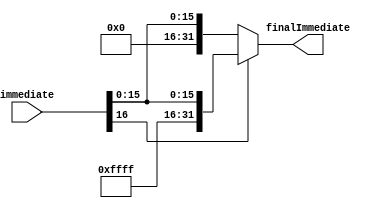
module signExtend(finalImmediate, immediate);

	input [16:0] immediate;
	output [31:0] finalImmediate;
	
	assign finalImmediate = immediate[16]? {15'b111111111111111, immediate} : {15'b000000000000000, immediate};
	
endmodule